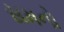
સમનો